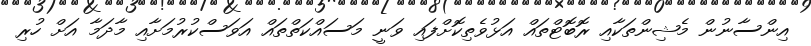
އިންސާނުން މެޝިންތަކާއި ރޮބޮޓްތައް އަޅުވެތިކޮށްފައި ވަނީ މަސައްކަތްތައް އަވަސްކުރުމަށާއި މާދަމާ އަށް ހުރި